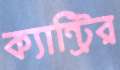
ক্যান্ট্রির